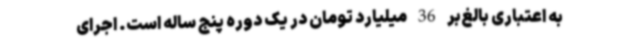
به اعتباری بالغ‌بر 36 میلیارد تومان در یک دوره پنج ساله است. اجرای